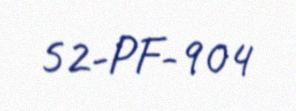
52-PF-904